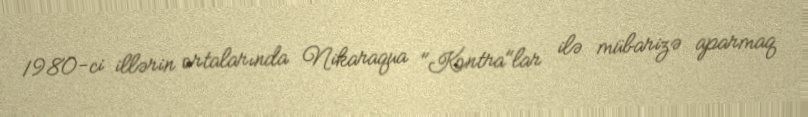
1980-ci illərin ortalarında Nikaraqua "Kontra"lar ilə mübarizə aparmaq